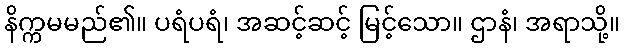
နိက္ကမမည်၏။ ပရံပရံ၊ အဆင့်ဆင့် မြင့်သော။ ဌာနံ၊ အရာသို့။